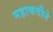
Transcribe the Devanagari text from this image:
महाकवीने